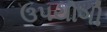
ઉ૫યોગી